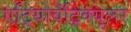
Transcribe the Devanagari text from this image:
एट्रियोवेंट्रिक्युलर